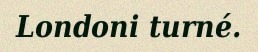
Londoni turné.